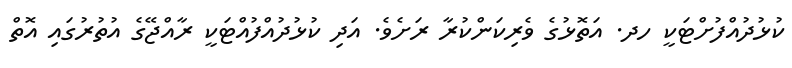
ކުޅުދުއްފުށްޓަކީ ހދ. އަތޮޅުގެ ވެރިކަންކުރާ ރަށެވެ. އަދި ކުޅުދުއްފުއްޓަކީ ރާއްޖޭގެ އުތުރުގައި އޮތް